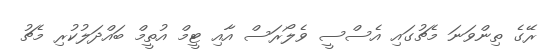
ރޭގެ ތިންވަނަ މެޗުގައި އެސްސީ ވެލޯރަސް އާއި ޓީމް އުތީމް ބައްދަލުކުރި މެޗު